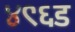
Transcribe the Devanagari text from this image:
४९६ड